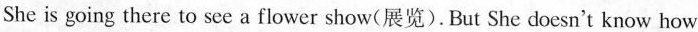
She is going there to see a flower show(展览).But She doesn't know how